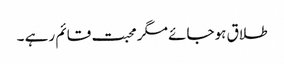
طلاق ہوجائے مگر محبت قائم رہے ۔